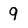
Character: 9